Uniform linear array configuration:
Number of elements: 8
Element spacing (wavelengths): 0.75
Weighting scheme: cosine
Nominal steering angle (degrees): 15
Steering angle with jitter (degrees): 14.53
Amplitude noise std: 0.05
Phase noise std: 0.05

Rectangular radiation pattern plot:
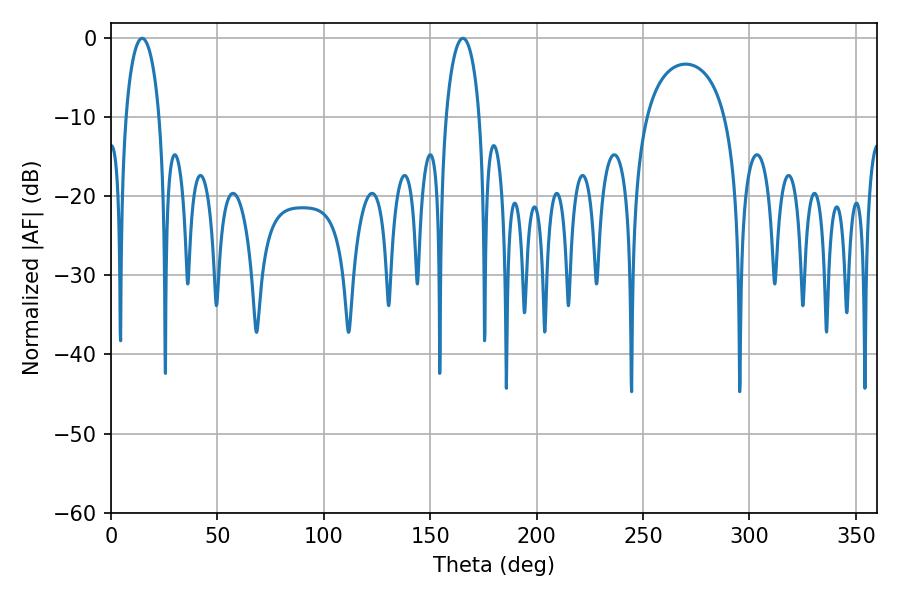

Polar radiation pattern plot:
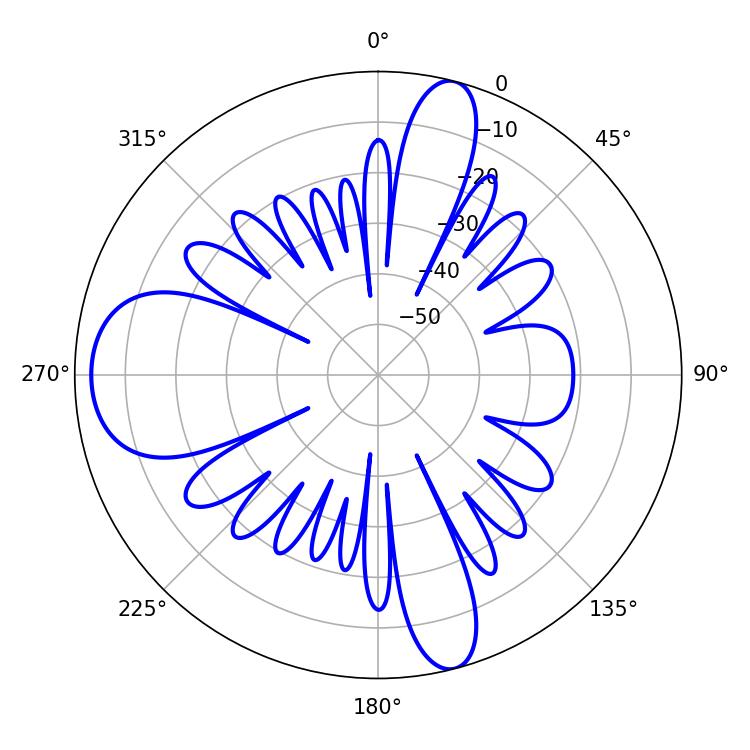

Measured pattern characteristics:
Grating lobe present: TRUE
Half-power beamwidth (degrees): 9
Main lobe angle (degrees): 14.58